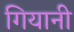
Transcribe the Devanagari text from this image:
गियानी